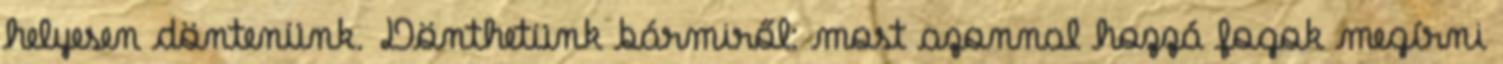
helyesen döntenünk. Dönthetünk bármiről: most azonnal hozzá fogok megírni